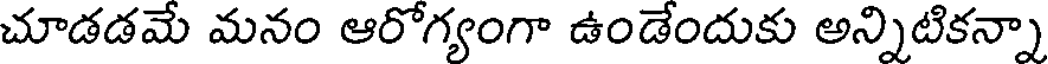
చూడడమే మనం ఆరోగ్యంగా ఉండేందుకు అన్నిటికన్నా